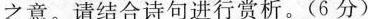
之意。请结合诗句进行赏析。(6分)